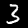
Digit: 3